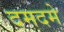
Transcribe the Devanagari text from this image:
दमदमे